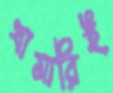
খামারিই